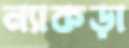
ন্যাকড়া